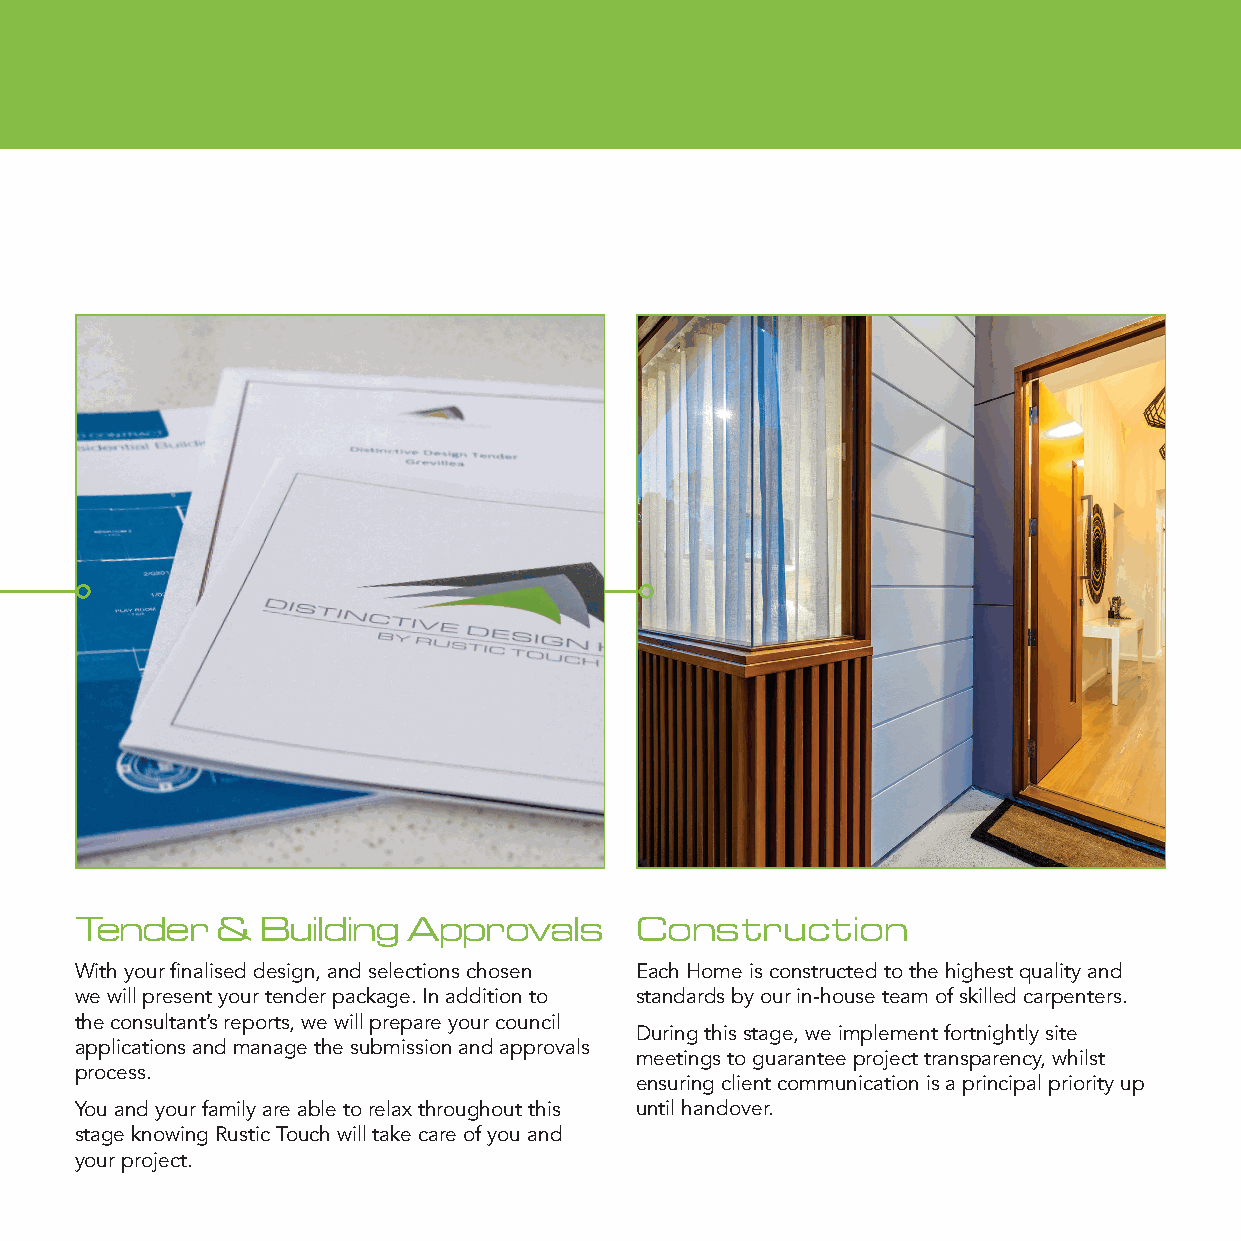
TTeennddeerr && AApppprroovvaallss   CCoonnssttrruuccttiioonn
 Tender   &  Building  Approvals      Construction
 WWiitthh yyoouurr fifinnaalliisseedd ddeessiiggnn,, wwee wwiillll pprreesseenntt yyoouurr tteennddeerr OOnnccee wwee hhaavvee rreecceeiivveedd ccoouunncciill aapppprroovvaall wwee ccaann nnooww ssttaarrtt
 With your finalised design, and selections chosen Each Home is constructed to the highest quality and
 ppaacckkaaggee..                     ccoonnssttrruuccttiioonn..
 we will present your tender package. In addition to standards by our in-house team of skilled carpenters.
 IItnnh eaa ddcddoiinttiisoounnlt attoon ttt’hhs eere ccpooonnrsstuus,lltt waannett ’’wss rrileel pppoorerrttpss,,a wwreee y wwoiiullllr ppcrroeeuppnaacrreeil RRuussttiicc TToouucchh wwiillll mmaannaaggee tthhee ccoonnssttrruuccttiioonn ssttaaggee eennssuurriinngg
 During this stage, we implement fortnightly site
 yyaoopuuprrl icccooatuuinnoccniisll aaappnppdll iimccaaattniiooanngsse aa tnnhdde mmsuaabnnmaaggisees ittohhnee assuunbbdmm aiipsspssiirooonnv aaalnnsdd tthhee iinntteeggrriittyy ooff tthhee ddeessiiggnn aanndd ssppeecciifificc ddeettaaiillss aarree mmeett..
 meetings to guarantee project transparency, whilst
 aappproppcrreoosvvsaa.llss pprroocceessss..
 AAenllll swwuoorirrnkkg ww ciilllille bbneet cccaaorrmrriieemddu oonuuictta tttooio ttnhh eeis hhaii ggphhreeinssctt isspttaaalnn pddraaiorrddri taaynn uddp
 YYYooouuu aaarrneed aa ybbolleeu rtt oofa rrmeelliaalyxx atthhrerroo auubgglhheoo tuuott rttehhliiassx pp trrhoorccoeeussgss,,h kkonnuoot wwthiinnisgg wwuniilltll iccl oohmmanppdllyyo vwweiittr.hh BBuuiillddiinngg CCooddeess ooff AAuussttrraalliiaa aanndd WWoorrkk
 ttshhtaaagtt eww eekn hhoaawvveein eegvv Reeurryysttthhiciinn Tggo ttuaackkhee nnw iccllaa trraeek ooeff cffooarrr eyy ooouuf ..you and CCoovveerr ppoolliicciieess..
 your project.